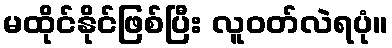
မထိုင်နိုင်ဖြစ်ပြီး လူဝတ်လဲရပုံ။